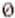
0